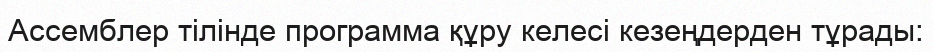
Ассемблер тілінде программа құру келесі кезеңдерден тұрады: